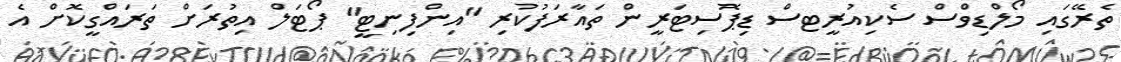
ތެރޭގައި މޯލްޑިވްސް ސެކިއުރީޓސް ޑިޕޮސިޓަރީން ތައާރަފުކުރި "އިންފިނިޓީ" ޕޯޓަލް އިތުރަށް ތަރައްގީކޮށް އެ